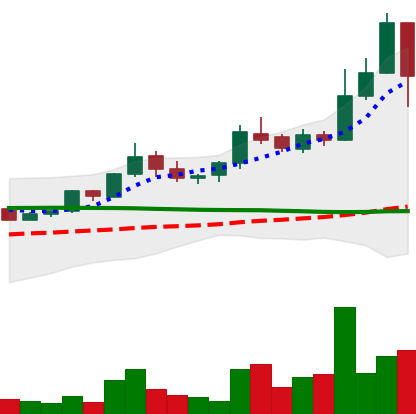
Ticker: BTC-USD
Chart end date: 2015-07-13
Forward return: -5.873%
Label: down_5_7